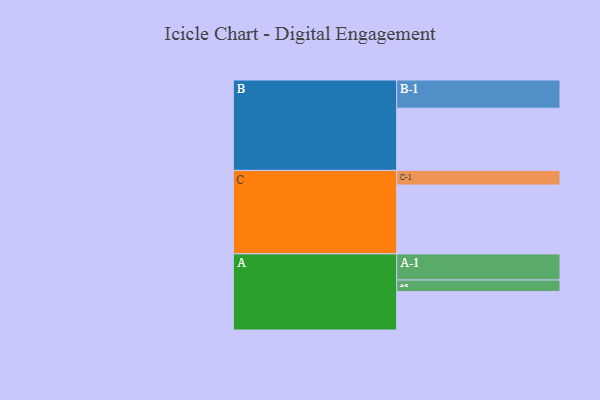
{"axis": {"x": "Segment", "y": "Value"}, "legend": ["", "A", "B", "C"], "data": [{"x": "A", "y": 318, "type": ""}, {"x": "B", "y": 514, "type": ""}, {"x": "C", "y": 569, "type": ""}, {"x": "A-1", "y": 216, "type": "A"}, {"x": "A-2", "y": 95, "type": "A"}, {"x": "B-1", "y": 233, "type": "B"}, {"x": "C-1", "y": 121, "type": "C"}]}